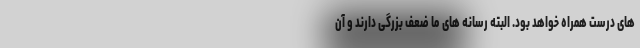
های درست همراه خواهد بود. البته رسانه های ما ضعف بزرگی دارند و آن